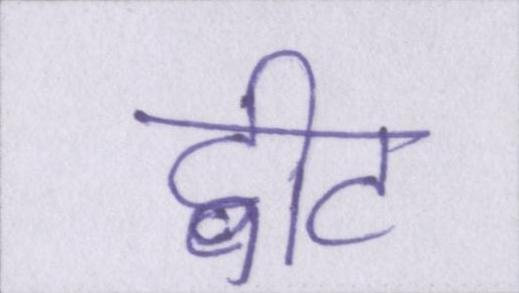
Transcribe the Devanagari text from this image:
ट्वीट